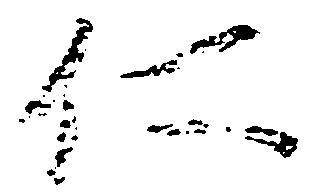
仁